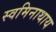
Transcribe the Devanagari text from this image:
स्वमिनाथाय